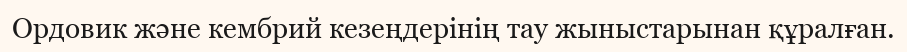
Ордовик және кембрий кезеңдерінің тау жыныстарынан құралған.